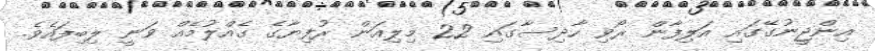
އިންޖީނުގޭގައި އަލިފާން ރޯވި ހާދިސާގައި 22 މިލިއަން ރުފިޔާގެ ގެއްލުމެއް ވަނީ ލިބިފައެވެ.